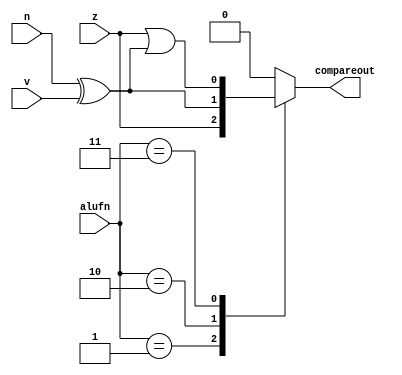
/*
   This file was generated automatically by the Mojo IDE version B1.3.3.
   Do not edit this file directly. Instead edit the original Lucid source.
   This is a temporary file and any changes made to it will be destroyed.
*/

module compare_8 (
    output reg compareout,
    input z,
    input v,
    input n,
    input [1:0] alufn
  );
  
  
  
  always @* begin
    
    case (alufn)
      2'h1: begin
        compareout = (z);
      end
      2'h2: begin
        compareout = (n ^ v);
      end
      2'h3: begin
        compareout = (z | (n ^ v));
      end
      default: begin
        compareout = 1'h0;
      end
    endcase
  end
endmodule